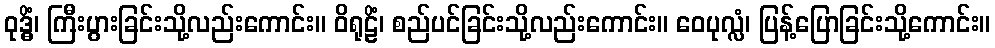
ဝုဒ္ဓိံ၊ ကြီးပွားခြင်းသို့လည်းကောင်း။ ဝိရုဠိံ၊ စည်ပင်ခြင်းသို့လည်းကောင်း။ ဝေပုလ္လံ၊ ပြန့်ပြောခြင်းသို့ကောင်း။